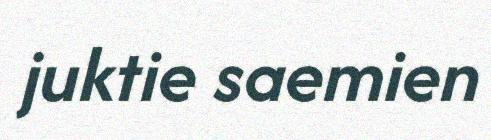
juktie saemien